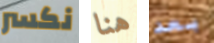
نكسر هنا بعد